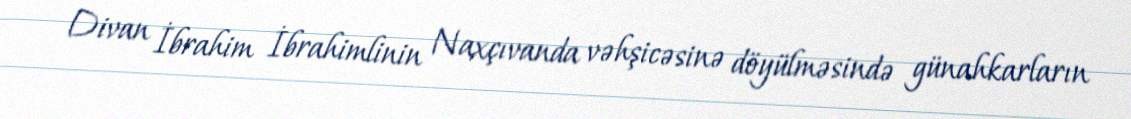
Divan İbrahim İbrahimlinin Naxçıvanda vəhşicəsinə döyülməsində günahkarların